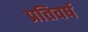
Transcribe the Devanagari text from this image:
प्रतिवर्ष